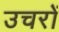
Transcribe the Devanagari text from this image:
उचरों